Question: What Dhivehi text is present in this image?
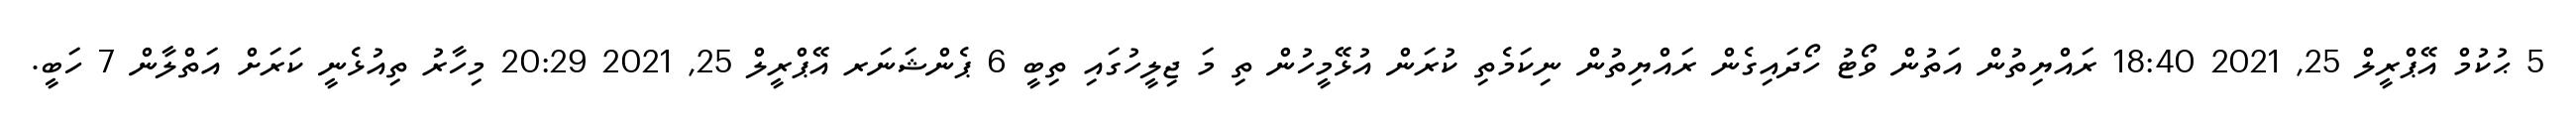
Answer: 5 ޙުކުމް އޭޕްރީލް 25, 2021 18:40 ރައްޔިތުން އަތުން ވޯޓު ހޯދައިގެން ރައްޔިތުން ނިކަމެތި ކުރަން އުޅޭމީހުން ތި މަ ޖިލީހުގައި ތިބީ 6 ޕެންޝަނަރ އޭޕްރީލް 25, 2021 20:29 މިހާރު ތިއުޅެނީ ކަރަށް އަތްލާން 7 ހަބީ.